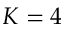
K = 4